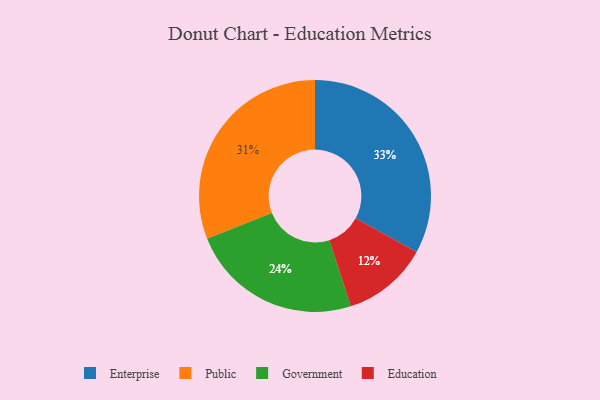
{"axis": {"x": "Category", "y": "Percentage"}, "legend": ["Education", "Enterprise", "Government", "Public"], "data": [{"x": "Education", "y": 12, "type": "Education"}, {"x": "Public", "y": 31, "type": "Public"}, {"x": "Government", "y": 24, "type": "Government"}, {"x": "Enterprise", "y": 33, "type": "Enterprise"}]}